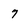
Character: 7